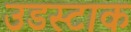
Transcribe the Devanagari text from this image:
उडस्टाक